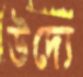
উদ্যে